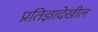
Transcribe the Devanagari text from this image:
प्रतिज्ञादेखील